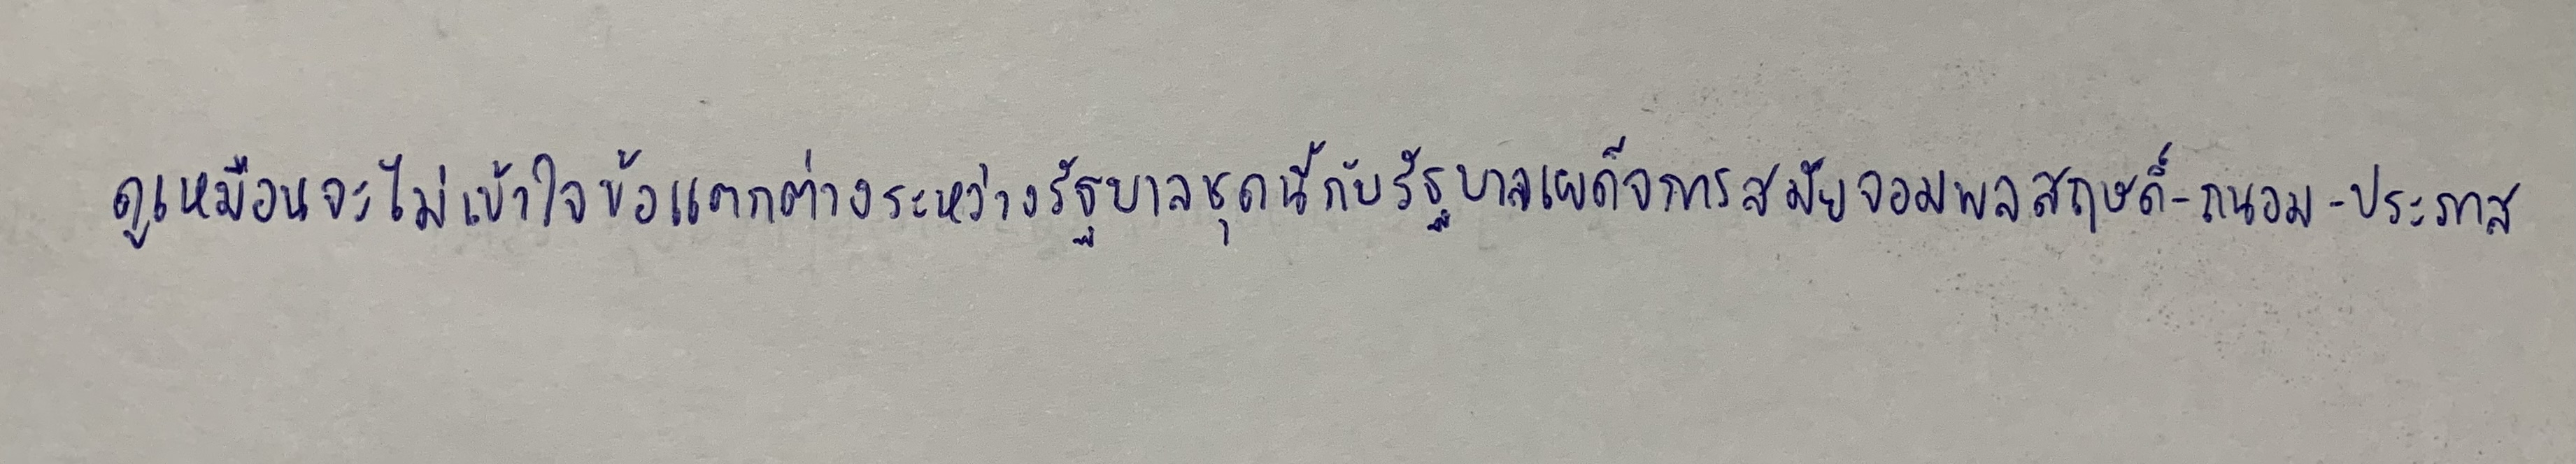
ดูเหมือนจะไม่เข้าใจข้อแตกต่างระหว่างรัฐบาลชุดนี้กับรัฐบาลเผด็จการสมัยจอมพลสฤษดิ์-ถนอม-ประภาส